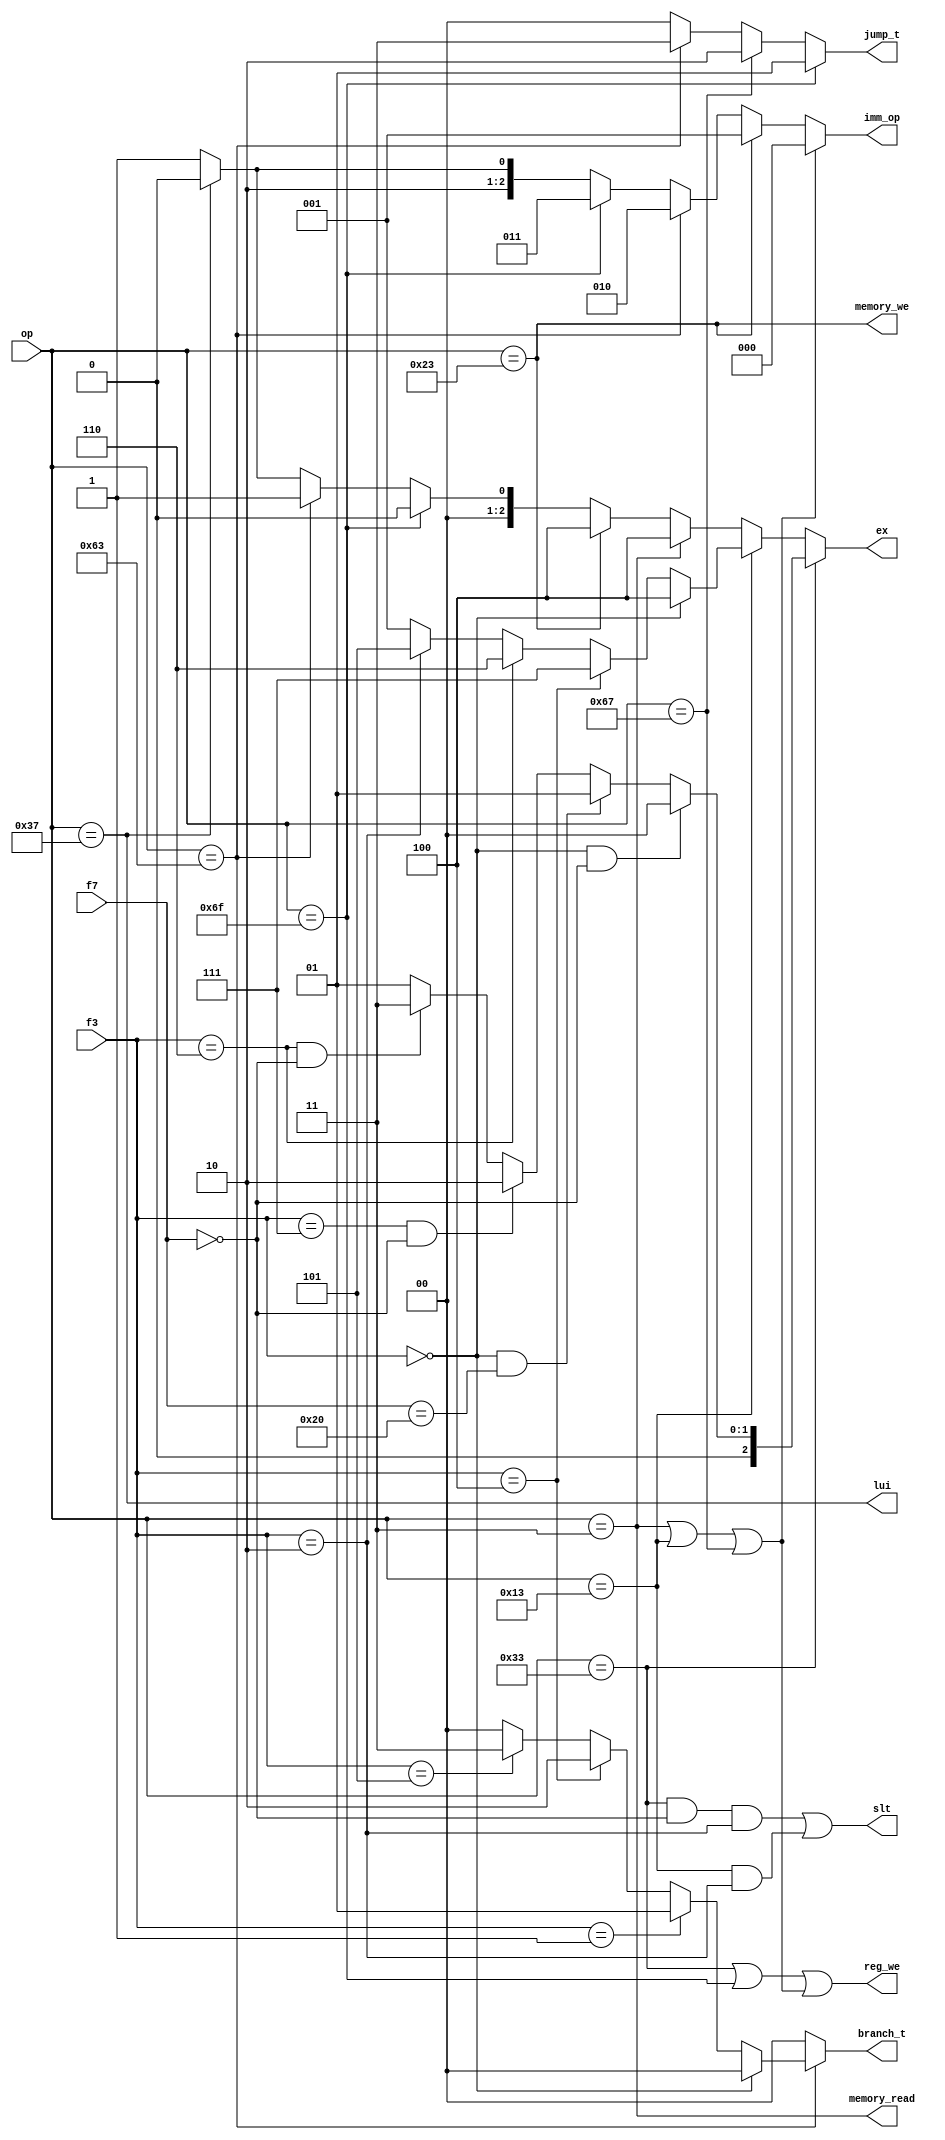
module DecodeCnt(op, f7, f3,
    memory_we, reg_we, memory_read, slt, lui,
    ex, imm_op,
    jump_t, branch_t);

    parameter LU_I_OP =7'b0110111;
    parameter B_TYPE_OP = 7'b1100011;
    parameter SW_OP =7'b0100011;
    parameter JALR_OP =7'b1100111;
    parameter R_TYPE_OP = 7'b0110011;
    parameter I_TYPE_ARITHMATIC_OP = 7'b0010011;
    parameter LW_OP = 7'b0000011;
    parameter JAL_OP =7'b1101111;

    parameter ADD_3 = 3'b000;
    parameter SUB_3 = 3'b000;
    parameter AND_3 = 3'b111;
    parameter OR_3 = 3'b110;
    parameter SLT_3 = 3'b010;

    parameter BEQ_3 = 3'b0;
    parameter BNE_3 = 3'b001;
    parameter BGE_3 = 3'b101;
    parameter BLT_3 = 3'b100;

    parameter ADD_I_3 = 3'b0;
    parameter XOR_I_3 = 3'b100;
    parameter OR_I_3 = 3'b110;
    parameter SLT_I_3 = 3'b010;

    parameter ADD_7 = 7'b0;
    parameter SUB_7 = 7'b0100000;
    parameter AND_7 = 7'b0;
    parameter OR_7 = 7'b0;
    parameter SLT_7 = 7'b0;

    parameter EX_ADD = 3'd0;
    parameter EX_SUB = 3'd1;
    parameter EX_AND = 3'd2;
    parameter EX_OR = 3'd3;
    parameter EX_ADD_I = 3'd4;
    parameter EX_SLT_I = 3'd5;
    parameter EX_OR_I = 3'd6;
    parameter EX_XOR_I = 3'd7;

    parameter JAL = 2'b01;
    parameter JAL_R = 2'b10;
    parameter BRANCH = 2'b11;

    parameter BEQ = 2'b00;
    parameter BNE = 2'b01;
    parameter BLT = 2'b10;
    parameter BGE = 2'b11;

    input [6:0] op, f7;
    input [2:0] f3;
    output memory_we, reg_we, memory_read, slt, lui;
    output [2:0] ex, imm_op;
    output [1:0] jump_t, branch_t;

    assign is_i_type = op == LW_OP | op == I_TYPE_ARITHMATIC_OP | op == JALR_OP;

    assign memory_we = op == SW_OP;
    assign reg_we = op == R_TYPE_OP | op == JAL_OP | is_i_type;
    assign memory_read = op == LW_OP;
    assign ex = op == R_TYPE_OP ? 
                f3 == ADD_3 & f7 == ADD_7 ? EX_ADD : 
                f3 == SUB_3 & f7 == SUB_7 ? EX_SUB :
                f3 == AND_3 & f7 == AND_7 ? EX_AND :
                f3 == OR_3 & f7 == OR_7 ? EX_OR :
                f3 == SLT_3 & f7 == SLT_7 ? EX_SUB :
                EX_SUB: //default value
                op == I_TYPE_ARITHMATIC_OP ?
                f3 == ADD_I_3 ? EX_ADD_I :
                f3 == XOR_I_3 ? EX_XOR_I :
                f3 == OR_I_3 ? EX_OR_I :
                f3 == SLT_I_3 ? EX_SLT_I :
                EX_SUB: //default value
                op == LW_OP ? EX_ADD_I :
                op == SW_OP ? EX_ADD_I :
                op == JAL_OP ? EX_ADD :
                op == B_TYPE_OP ? EX_SUB :
                op == LU_I_OP ? EX_ADD:
                EX_SUB; //default value
    assign imm_op = is_i_type ? 3'b000 :
                    op == SW_OP ? 3'b001 : 
                    op == B_TYPE_OP ? 3'b010 : 
                    op == JAL_OP ? 3'b011 : 
                    op == LU_I_OP ? 3'b100 : 3'b101;
    assign jump_t = op == JAL_OP ? JAL :
                    op == JALR_OP ? JAL_R :
                    op == B_TYPE_OP ? BRANCH :
                    2'b00;
    assign branch_t = op == B_TYPE_OP ?
                      f3 == BEQ_3 ? BEQ :
                      f3 == BNE_3 ? BNE :
                      f3 == BLT_3 ? BLT :
                      f3 == BGE_3 ? BGE :
                      BEQ : BEQ; //default value
    assign slt = op == R_TYPE_OP & f7 == SLT_7 & f3 == SLT_3 |
                 op == I_TYPE_ARITHMATIC_OP & f3 == SLT_I_3;
    assign lui = op == LU_I_OP;






endmodule